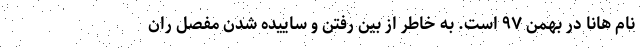
نام هانا در بهمن ۹۷ است. به خاطر از بین رفتن و ساییده شدن مفصل ران